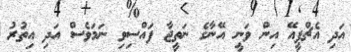
އަދި އެޗްޕީއޭ އިން ވަނީ އޭނާގެ ނަތީޖާ ފައްސިވި ނަމަވެސް އަދި އިތުރު